Medical and sanitary report on the native army of Bombay for the year
Year: 1879
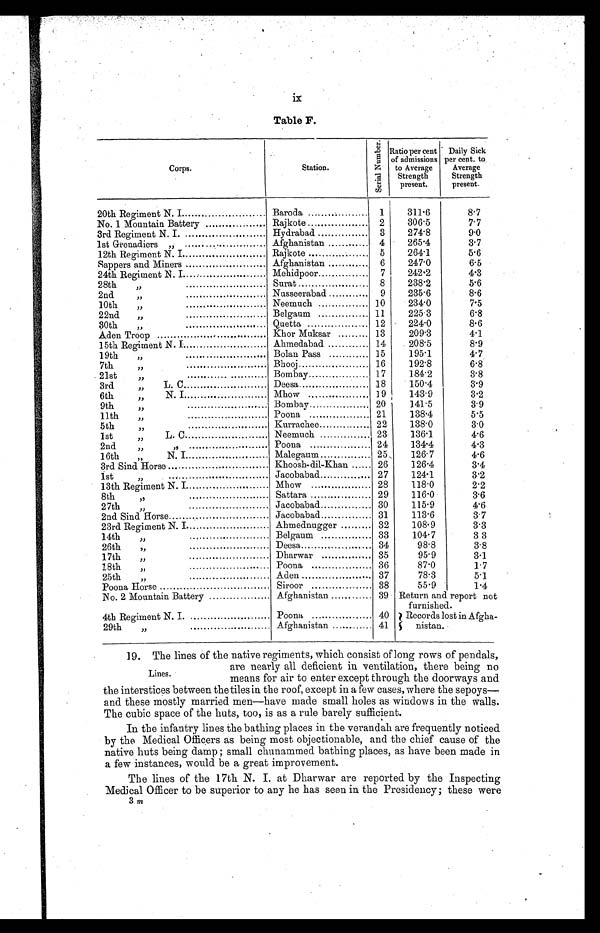
ix
Table F.
Corps.
Station.
S e r i a l N u mb e r .
R a t i o p e r c e n t
o f a d m i s s i o n s
to Average
Strength
present.
Daily Sick
per cent. to
Average
Strength
present.
20th Regiment N. I
Baroda...........
1
311.6
8.7
No. 1 Mountain Battery
Rajkote
2
306.5
7.7
3rd Regiment N. I.
Hydrabad
3
274.8
9.0
1st Grenadiers „ . . . . . . . . . . . . . . . . . . . . . . . . . . . . . .
Afghanistan
4
265.4
3.7
12th Regiment N. I
Rajkote
5
264.1
5.6
Sappers and Miners
Afghanistan
6
247.0
6.5
24th Regiment N. I
Mehidpoor
7
242.2
4.3
28th
„ . . . . . . . . . . . . . . . . . . . . . . . . . . . . . .
Surat
8
238.2
5.6
2nd
„ . . . . . . . . . . . . . . . . . . . . . . . . . . . . .
Nusseerabad
9
235.6
8.6
10th
„ . . . . . . . . . . . . . . . . . . . . . . . . . . . . .
Neemuch
10
234.0
7.5
22nd
„ . . . . . . . . . . . . . . . . . . . . . . . . . . . . .
Belgaum
11
225.3
6.8
30th
„ . . . . . . . . . . . . . . . . . . . . . . . . . . . .
Quetta
12
224.0
8.6
Aden Troop
Khor Muksar
13
209.3
4.1
15th Regiment N. I
Ahmedabad
14
208.5
8.9
19th
„ . . . . . . . . . . . . . . . . . . . . . . . . . . . . . .
Bolan Pass
15
195.1
4.7
7th
„ . . . . . . . . . . . . . . . . . . . . . . . . . . . . .
Bhooj
16
192.8
6.8
21st
„ . . . . . . . . . . . . . . . . . . . . . . . . . . . . .
Bombay
17
184.2
3.8
3rd
„
L. C
Deesa
18
150.4
3.9
6th
„
N. I
Mhow
19
143.9
3.2
9th
„
....
Bombay
20
141.5
3.9
11th
„ . . . . . . . . . . . . . . . . . . . . . . . . .
Poona
21
138.4
5.5
5th
„ . . . . . . . . . . . . . . . . . . . . . . . . .
Kurrachee
22
138.0
3.0
1st
„
L. C
Neemuch
23
136.1
4.6
2nd
„
„
Poona
24
134.4
4.3
16th
„
N. I
Malegaum
25
126.7
4.6
3rd Sind Horse
Khoosh-dil-Khan ...... 26
126.4
3.4
1st
„
Jacobabad................... 27
124.1
3.2
13th Regiment N. I
Mhow
28
118.0
2.2
8th
,,
Sattara
29
116.0
3.6
27t h „ . . . . . . . . . . . . . . . . . . . . . . . . . . . . . . . . . . .
Jacobabad
30
115.9
4.6
2nd SIND Horse Jacobabad
31
113.6
3.7
23rd Regiment N. I
Ahmednugger
32
108.9
3.3
14th
„ . . . . . . . . . . . . . . . . . . . . . . . . . . . . .
Belgaum
33
104.7
3 3
26th
„ . . . . . . . . . . . . . . . . . . . . . . . . . . . .
Deesa
34
98.8
3.8
17th
„ . . . . . . . . . . . . . . . . . . . . . . . . . . . .
Dharwar
35
95.9
3.1
18th
„ . . . . . . . . . . . . . . . . . . . . . . . . . . . .
Poona
36
87.0
1.7
25th
„
Aden
37
78.3
5.1
Poona Horse
Siroor
38
55.9
1.4
No. 2 Mountain Battery
Afghanistan
39 Return and report not
furnished.
4th Regiment N. I.
Poona
40
Records lost in Afgha-
nistan.
29th
„ . . . . . . . . . . . . . . . . . . . . . . . . . . . . . . .
Afghanistan
41
19. The lines of the native regiments, which consist of long rows of pendals,
are nearly all deficien in ventilation, there being no
means for air to enter except through the doorways and
the interstices between the tiles in the roof, except in a few cases, where the sepoys
— a n d t h e s e m o s t l y m a r r i e d m e n — h a v e m a d e s m a l l h o l e s a s w i n d o w s i n t h e w a l l s .
The cubic space of the huts, too, is as a rule barely sufficient.
In the infantry lines the bathing places in the verandah are frequently noticed
by the Medical Officers as being most objectionable, and the chief cause of the
native huts being damp ; small chunammed bathing places, as have been made in
a few instances, would be a great improvement.
The lines of the 17th N. I. at Dharwar are reported by the Inspecting
Medical Officer to be superior to any he has seen in the Presidency ; these were
3 m
Lines.